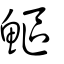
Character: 鰸